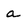
Character: a